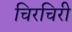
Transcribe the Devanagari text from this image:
चिरचिरी